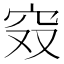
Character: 𰩄